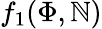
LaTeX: f_{1}(\Phi,\mathbb{N})